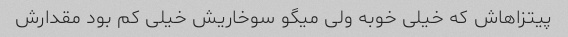
پیتزاهاش که خیلی خوبه ولی میگو سوخاریش خیلی کم بود مقدارش